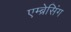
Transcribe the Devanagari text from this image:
एम्ब्रेसिंग